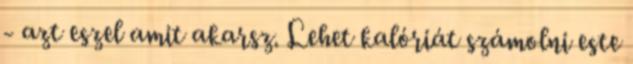
- azt eszel amit akarsz. Lehet kalóriát számolni este